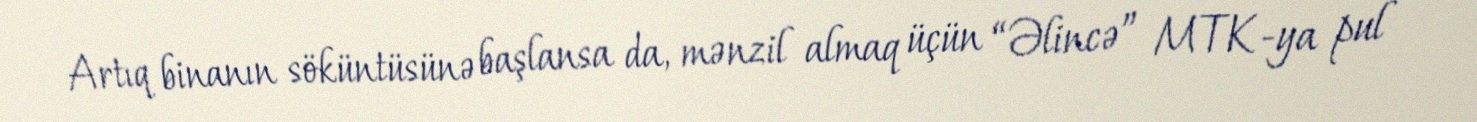
Artıq binanın söküntüsünə başlansa da, mənzil almaq üçün “Əlincə” MTK-ya pul